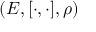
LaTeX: ( E , [ \cdot , \cdot ] , \rho )